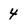
Character: 4